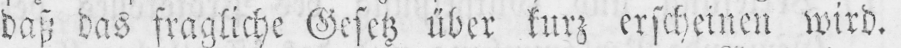
daß das fragliche Gesetz über kurz erscheinen wird.